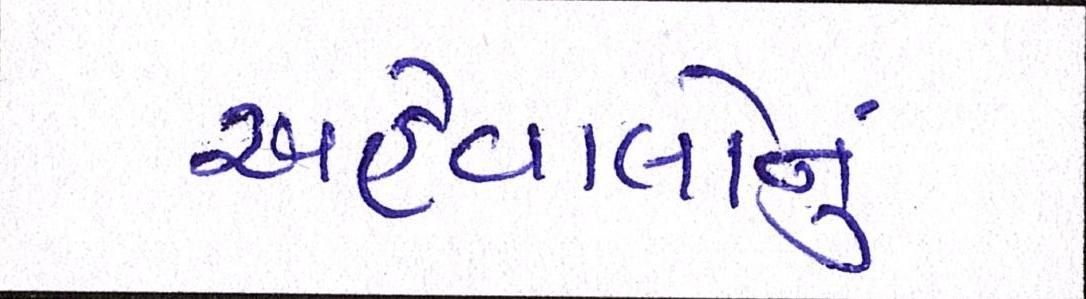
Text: અહેવાલોનું